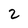
Character: 2